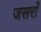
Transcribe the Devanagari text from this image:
जसराँ